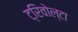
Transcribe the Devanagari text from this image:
ट्रिवोल्‍टा